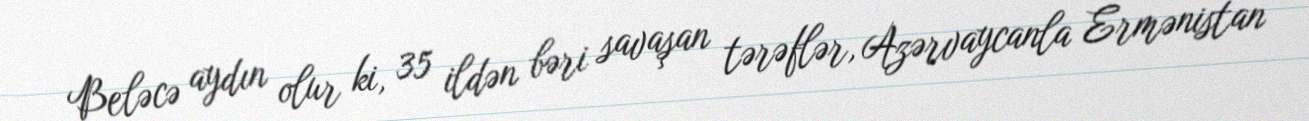
Beləcə aydın olur ki, 35 ildən bəri savaşan tərəflər, Azərvaycanla Ermənistan